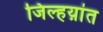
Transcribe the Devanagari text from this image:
जिल्हय़ांत